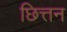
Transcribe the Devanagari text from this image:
छित्तन